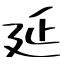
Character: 延